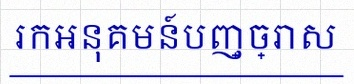
រកអនុគមន៍បញ្ច្រាស